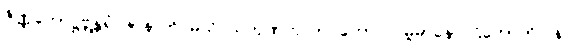
ဇိဏ္ဏကောဋ္ဌဗ္ဘန္တရံ ဇာနာတိ မယိ သကုဏကုလာဝကော လမ္ဗမာနော ဌိတောတိ။ နပိ